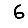
Digit: 6